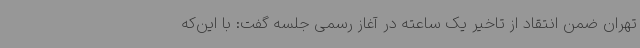
تهران ضمن انتقاد از تاخیر یک ساعته در آغاز رسمی جلسه گفت: با این‌که